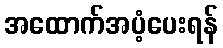
အထောက်အပံ့ပေးရန်